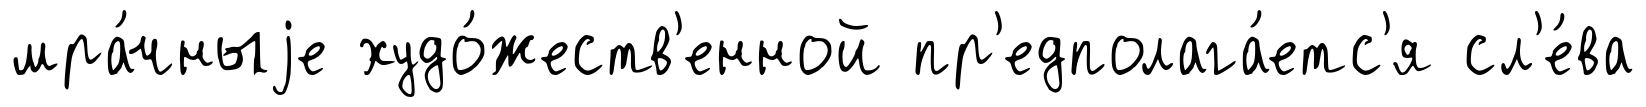
мра́чныjе худо́жеств'енной пр'едполага́етс'я сл'е́ва